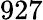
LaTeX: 927